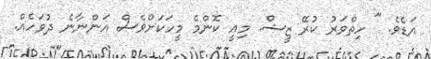
އަޑެވެ. " ހިތްވަރު ކުރޭ ޒީޝް. މިއީ ކޮންމެ މީހަކަށްވެސް އަންނާނެ ދުވަހެއް.